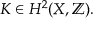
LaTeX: K \in H ^ { 2 } ( X , \mathbb { Z } ) .